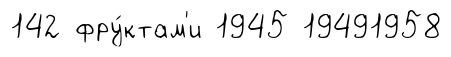
142 фру́ктам'и 1945 19491958